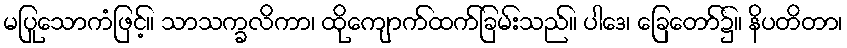
မပြုသောကံဖြင့်။ သာသက္ခလိကာ၊ ထိုကျောက်ထက်ခြမ်းသည်။ ပါဒေ၊ ခြေတော်၌။ နိပတိတာ၊